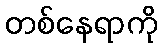
တစ်နေရာကို